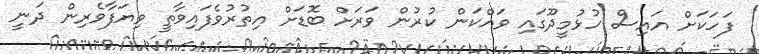
ފަހަކަށް އައިސް ހުޅުމީދޫގައި ވައްކަން ކުރުން ވަރަށް ބޮޑަށް އިތުރުވެފައިވާތީ ވިޔަފާވެރިން ދަނީ